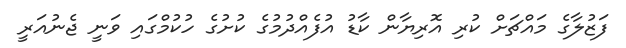
ފަޒުލާގެ މައްޗަށް ކުރި އޮރިޔާން ކާޑު އުފެއްދުމުގެ ކުށުގެ ހުކުމްގައި ވަނީ ޖެނުއަރީ